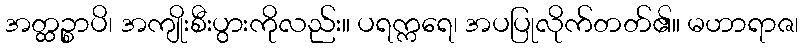
အတ္ထဉ္စာပိ၊ အကျိုးစီးပွားကိုလည်း။ ပရက္ကရေ၊ အပပြုလိုက်တတ်၏။ မဟာရာဇ၊